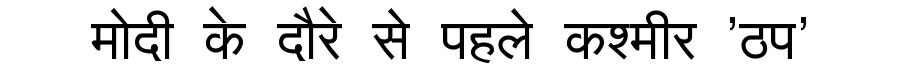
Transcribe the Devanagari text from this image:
मोदी के दौरे से पहले कश्मीर 'ठप'